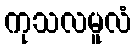
ကုသလမူလံ